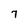
Character: 7